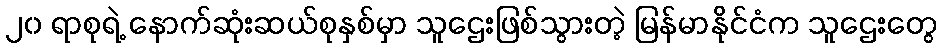
၂၀ ရာစုရဲ့ နောက်ဆုံးဆယ်စုနှစ်မှာ သူဌေးဖြစ်သွားတဲ့ မြန်မာနိုင်ငံက သူဌေးတွေ